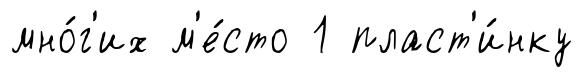
мно́г'их м'е́сто 1 пласт'и́нку